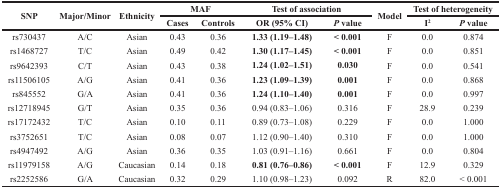
<table><thead><tr><td rowspan="2"><b>SNP</b></td><td rowspan="2"><b>Major/Minor</b></td><td rowspan="2"><b>Ethnicity</b></td><td colspan="2"><b>MAF</b></td><td colspan="2"><b>Test of association</b></td><td rowspan="2"><b>Model</b></td><td colspan="2"><b>Test of heterogeneity</b></td></tr><tr><td><b>Cases</b></td><td><b>Controls</b></td><td><b>OR (95% CI)</b></td><td><b><i>P</i> value</b></td><td><b>I<sup>2</sup></b></td><td><b><i>P</i> value</b></td></tr></thead><tbody><tr><td>rs730437</td><td>A/C</td><td>Asian</td><td>0.43</td><td>0.36</td><td><b>1.33 (1.19–1.48)</b></td><td><b>&lt; 0.001</b></td><td>F</td><td>0.0</td><td>0.874</td></tr><tr><td>rs1468727</td><td>T/C</td><td>Asian</td><td>0.49</td><td>0.42</td><td><b>1.30 (1.17–1.45)</b></td><td><b>&lt; 0.001</b></td><td>F</td><td>0.0</td><td>0.851</td></tr><tr><td>rs9642393</td><td>C/T</td><td>Asian</td><td>0.43</td><td>0.38</td><td><b>1.24 (1.02–1.51)</b></td><td><b>0.030</b></td><td>F</td><td>0.0</td><td>0.541</td></tr><tr><td>rs11506105</td><td>A/G</td><td>Asian</td><td>0.41</td><td>0.36</td><td><b>1.23 (1.09–1.39)</b></td><td><b>0.001</b></td><td>F</td><td>0.0</td><td>0.868</td></tr><tr><td>rs845552</td><td>G/A</td><td>Asian</td><td>0.41</td><td>0.36</td><td><b>1.24 (1.10–1.40)</b></td><td><b>0.001</b></td><td>F</td><td>0.0</td><td>0.997</td></tr><tr><td>rs12718945</td><td>G/T</td><td>Asian</td><td>0.35</td><td>0.36</td><td>0.94 (0.83–1.06)</td><td>0.316</td><td>F</td><td>28.9</td><td>0.239</td></tr><tr><td>rs17172432</td><td>T/C</td><td>Asian</td><td>0.10</td><td>0.11</td><td>0.89 (0.73–1.08)</td><td>0.229</td><td>F</td><td>0.0</td><td>1.000</td></tr><tr><td>rs3752651</td><td>T/C</td><td>Asian</td><td>0.08</td><td>0.07</td><td>1.12 (0.90–1.40)</td><td>0.310</td><td>F</td><td>0.0</td><td>1.000</td></tr><tr><td>rs4947492</td><td>A/G</td><td>Asian</td><td>0.36</td><td>0.35</td><td>1.03 (0.91–1.16)</td><td>0.661</td><td>F</td><td>0.0</td><td>0.804</td></tr><tr><td>rs11979158</td><td>A/G</td><td>Caucasian</td><td>0.14</td><td>0.18</td><td><b>0.81 (0.76–0.86)</b></td><td><b>&lt; 0.001</b></td><td>F</td><td>12.9</td><td>0.329</td></tr><tr><td>rs2252586</td><td>G/A</td><td>Caucasian</td><td>0.32</td><td>0.29</td><td>1.10 (0.98–1.23)</td><td>0.092</td><td>R</td><td>82.0</td><td>&lt; 0.001</td></tr></tbody></table>